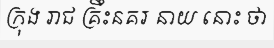
ក្រុង រាជ គ្រឹះនគរ នាយ នោះ ថា